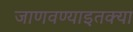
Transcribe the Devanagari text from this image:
जाणवण्याइतक्या